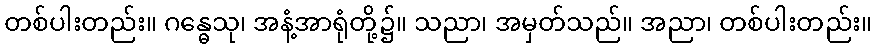
တစ်ပါးတည်း။ ဂန္ဓေသု၊ အနံ့အာရုံတို့၌။ သညာ၊ အမှတ်သည်။ အညာ၊ တစ်ပါးတည်း။